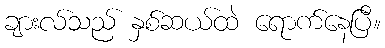
ချားလ်သည် နှစ်ဆယ်ထဲ ရောက်နေပြီ။